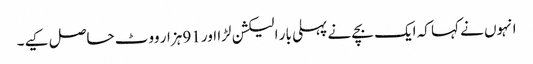
انہوں نے کہا کہ ایک بچے نے پہلی بار الیکشن لڑا اور 91 ہزار ووٹ حاصل کیے۔